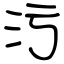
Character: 污